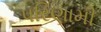
પરિણામી